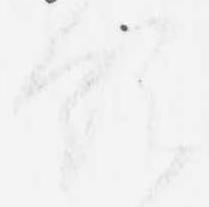
領